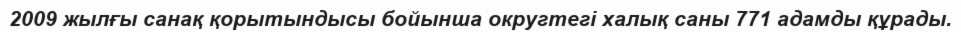
2009 жылғы санақ қорытындысы бойынша округтегі халық саны 771 адамды құрады.